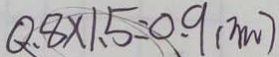
0 . 8 \times 1 . 5 = 0 . 9 ( m )